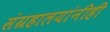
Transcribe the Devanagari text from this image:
संग्रहालयांनीही